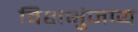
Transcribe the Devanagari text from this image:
विशभुंजाय